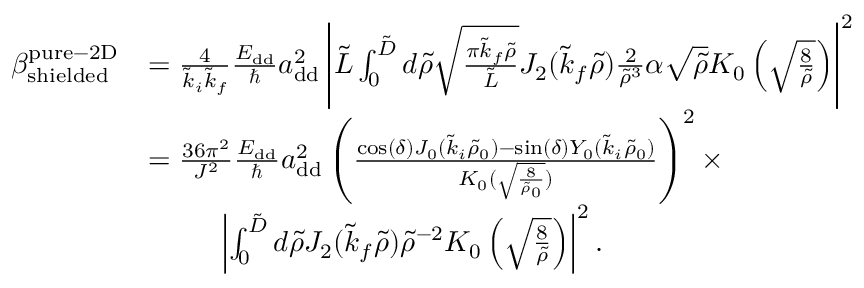
\begin{array} { r l } { \beta _ { \mathrm { s h i e l d e d } } ^ { \mathrm { p u r e - 2 D } } } & { = \frac { 4 } { \tilde { k } _ { i } \tilde { k } _ { f } } \frac { E _ { \mathrm { d d } } } { \hbar } a _ { \mathrm { d d } } ^ { 2 } \left\vert \tilde { L } \int _ { 0 } ^ { \tilde { D } } d \tilde { \rho } \sqrt { \frac { \pi \tilde { k } _ { f } \tilde { \rho } } { \tilde { L } } } J _ { 2 } ( \tilde { k } _ { f } \tilde { \rho } ) \frac { 2 } { \tilde { \rho } ^ { 3 } } \alpha \sqrt { \tilde { \rho } } K _ { 0 } \left( \sqrt { \frac { 8 } { \tilde { \rho } } } \right) \right\vert ^ { 2 } } \\ & { = \frac { 3 6 \pi ^ { 2 } } { J ^ { 2 } } \frac { E _ { \mathrm { d d } } } { \hbar } a _ { \mathrm { d d } } ^ { 2 } \left( \frac { \cos ( \delta ) J _ { 0 } ( \tilde { k } _ { i } \tilde { \rho } _ { 0 } ) - \sin ( \delta ) Y _ { 0 } ( \tilde { k } _ { i } \tilde { \rho } _ { 0 } ) } { K _ { 0 } ( \sqrt { \frac { 8 } { \tilde { \rho } _ { 0 } } } ) } \right) ^ { 2 } \times } \\ & { \; \; \; \; \; \; \; \; \; \left\vert \int _ { 0 } ^ { \tilde { D } } d \tilde { \rho } J _ { 2 } ( \tilde { k } _ { f } \tilde { \rho } ) \tilde { \rho } ^ { - 2 } K _ { 0 } \left( \sqrt { \frac { 8 } { \tilde { \rho } } } \right) \right\vert ^ { 2 } . } \end{array}